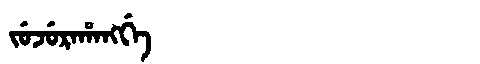
Manchu: ᠵᡠᠵᡠᡵᠠᡥᠠᠩᡤᡝ
Romanization: JUJURAHANGGE